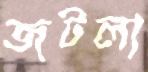
জটলা